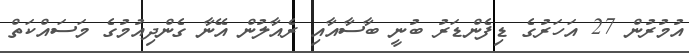
އުމުރުން 27 އަހަރުގެ ޑިފެންޑަރު ބުނީ ބާސާއާއި ރެއާލުން އޭނާ ގެންދިއުމުގެ މަސައްކަތް